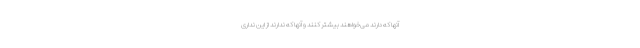
آنها که دارند می‌خواهند بیشتر کنند و آنها که ندارند از این نداری